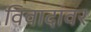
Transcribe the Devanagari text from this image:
विवादांवर